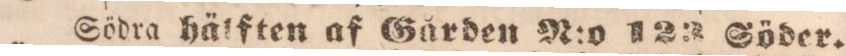
Södra hälften af Gården N:o 123 Söder.